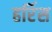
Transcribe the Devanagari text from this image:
हर्रिस